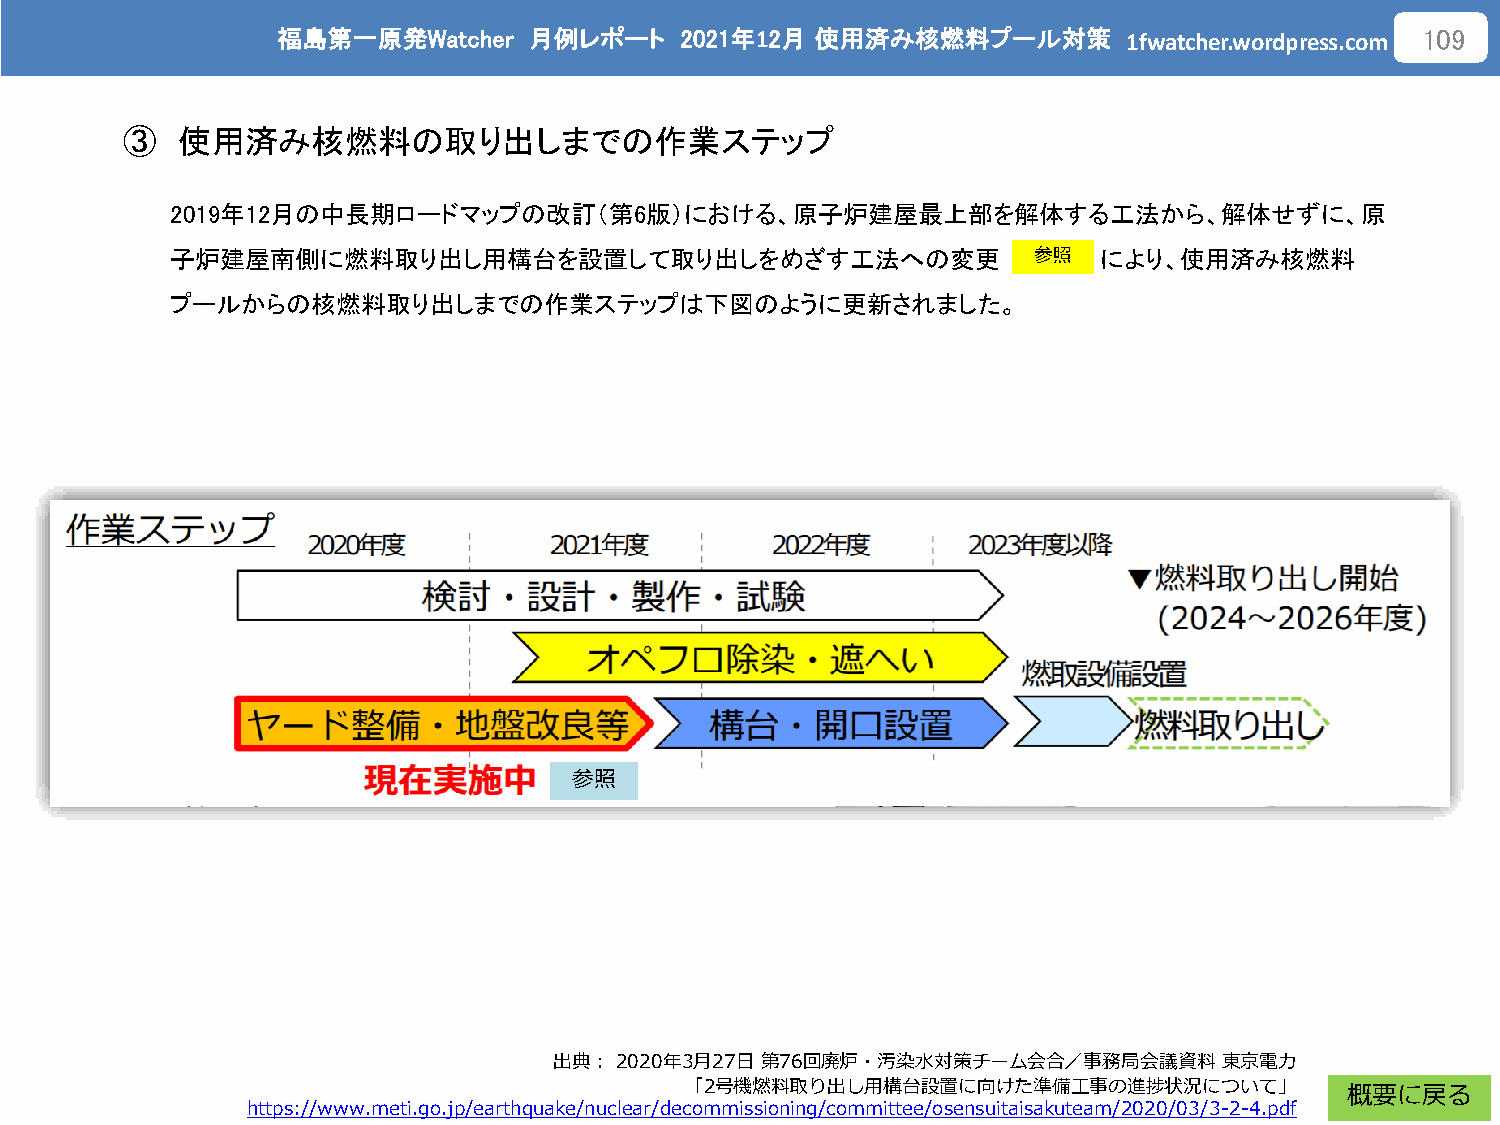
福島第一原発Watcher    月例レポート    2021年12月 使用済み核燃料プール対策
 1fwatcher.wordpress.com
 109
 ③   使用済み核燃料の取り出しまでの作業ステップ
 2019年12月の中長期ロードマップの改訂（第6版）における、原子炉建屋最上部を解体する工法から、解体せずに、原
 子炉建屋南側に燃料取り出し用構台を設置して取り出しをめざす工法への変更                      参照   により、使用済み核燃料
 プールからの核燃料取り出しまでの作業ステップは下図のように更新されました。
 参照
 出典：2020年3月27日 第76回廃炉・汚染水対策チーム会合／事務局会議資料     東京電力
 「2号機燃料取り出し用構台設置に向けた準備工事の進捗状況について」
 概要に戻る
 https://www.meti.go.jp/earthquake/nuclear/decommissioning/committee/osensuitaisakuteam/2020/03/3-2-4.pdf